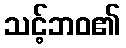
သင့်ဘဝ၏